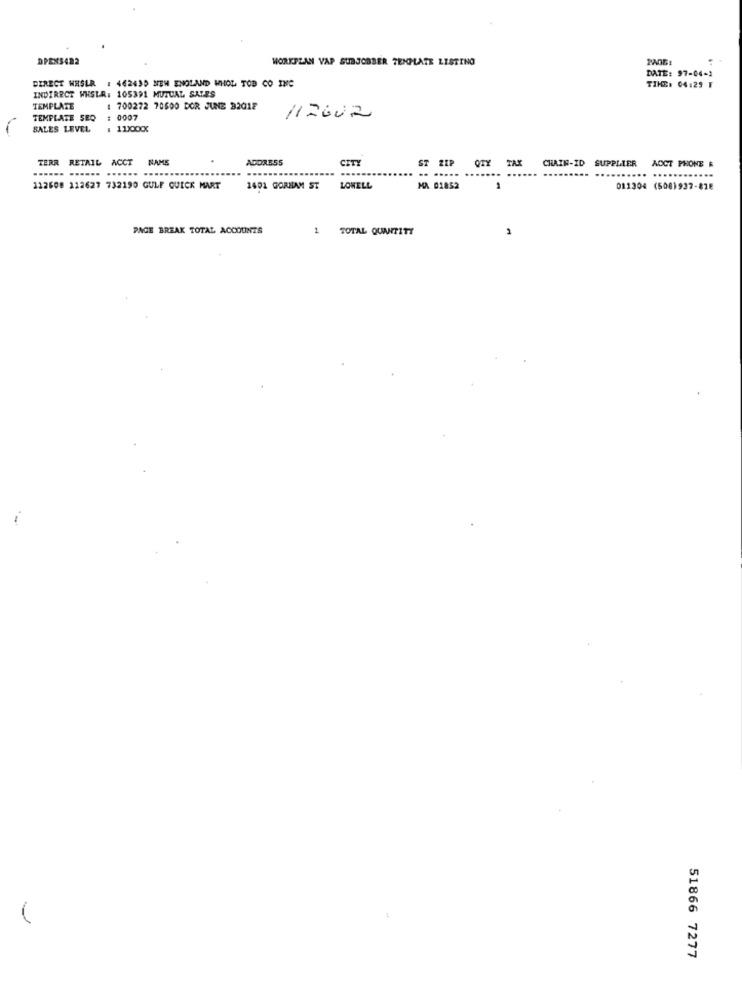
DPENS422
WORKPLAN VAP SUBJOBBER TEMPLATE LISTING
PA05
DATE: 97-04-1
DIRECT WESER 1 462430 NEW ENGLAND WHOL TOD CO INC
TIME: 04:29 F
INDIRECT WHSUR: 105391 MUTUAL. SALES
TEMPLATE
: 700272 70600 DOR JUNE 32018
TEMPLATE SEQ : 0007
112002
SALES LEVEL
TERR RETAIL ACCT
NAME
ADORB55
CITY
ST ZIP
TAX
CHAIN-ID
SUPPLIER
AOCT PHONE &
112608 212627 732190 GULF QUICK MART
1401 GORHAM ST
LOWELL
MA 01852
011304 (508)937-87E
PAGE BREAK TOTAL ACCOUNTS
1 TOTAL QUANTITY
-
51866 7277